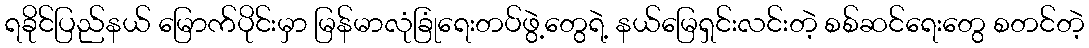
ရခိုင်ပြည်နယ် မြောက်ပိုင်းမှာ မြန်မာလုံခြုံရေးတပ်ဖွဲ့တွေရဲ့ နယ်မြေရှင်းလင်းတဲ့ စစ်ဆင်ရေးတွေ စတင်တဲ့